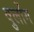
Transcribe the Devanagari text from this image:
वुलोंग